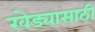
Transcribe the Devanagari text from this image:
खेड्यासाठी